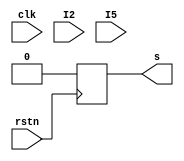
module HAZARD (
    input wire clk,
    input wire rstn,
    input  wire [31:0] I2,
    input wire [31:0] I5,
    output reg s
);

always @(posedge rstn) begin
    s=0;
end
/* always @(*) begin
    s=0;
    if (((~(I2[6:0]==7'b0100011&&I2[14:12]==3'b010)))&&((I5[6:0]==7'b0100011&&I5[14:12]==3'b010))&&(I2[19:15]==I5[11:7])&&I5[11:7]!=0)begin
        s=1;
    end
    else begin
        s=0;
    end
end  */

endmodule //CONTROLHAZARD